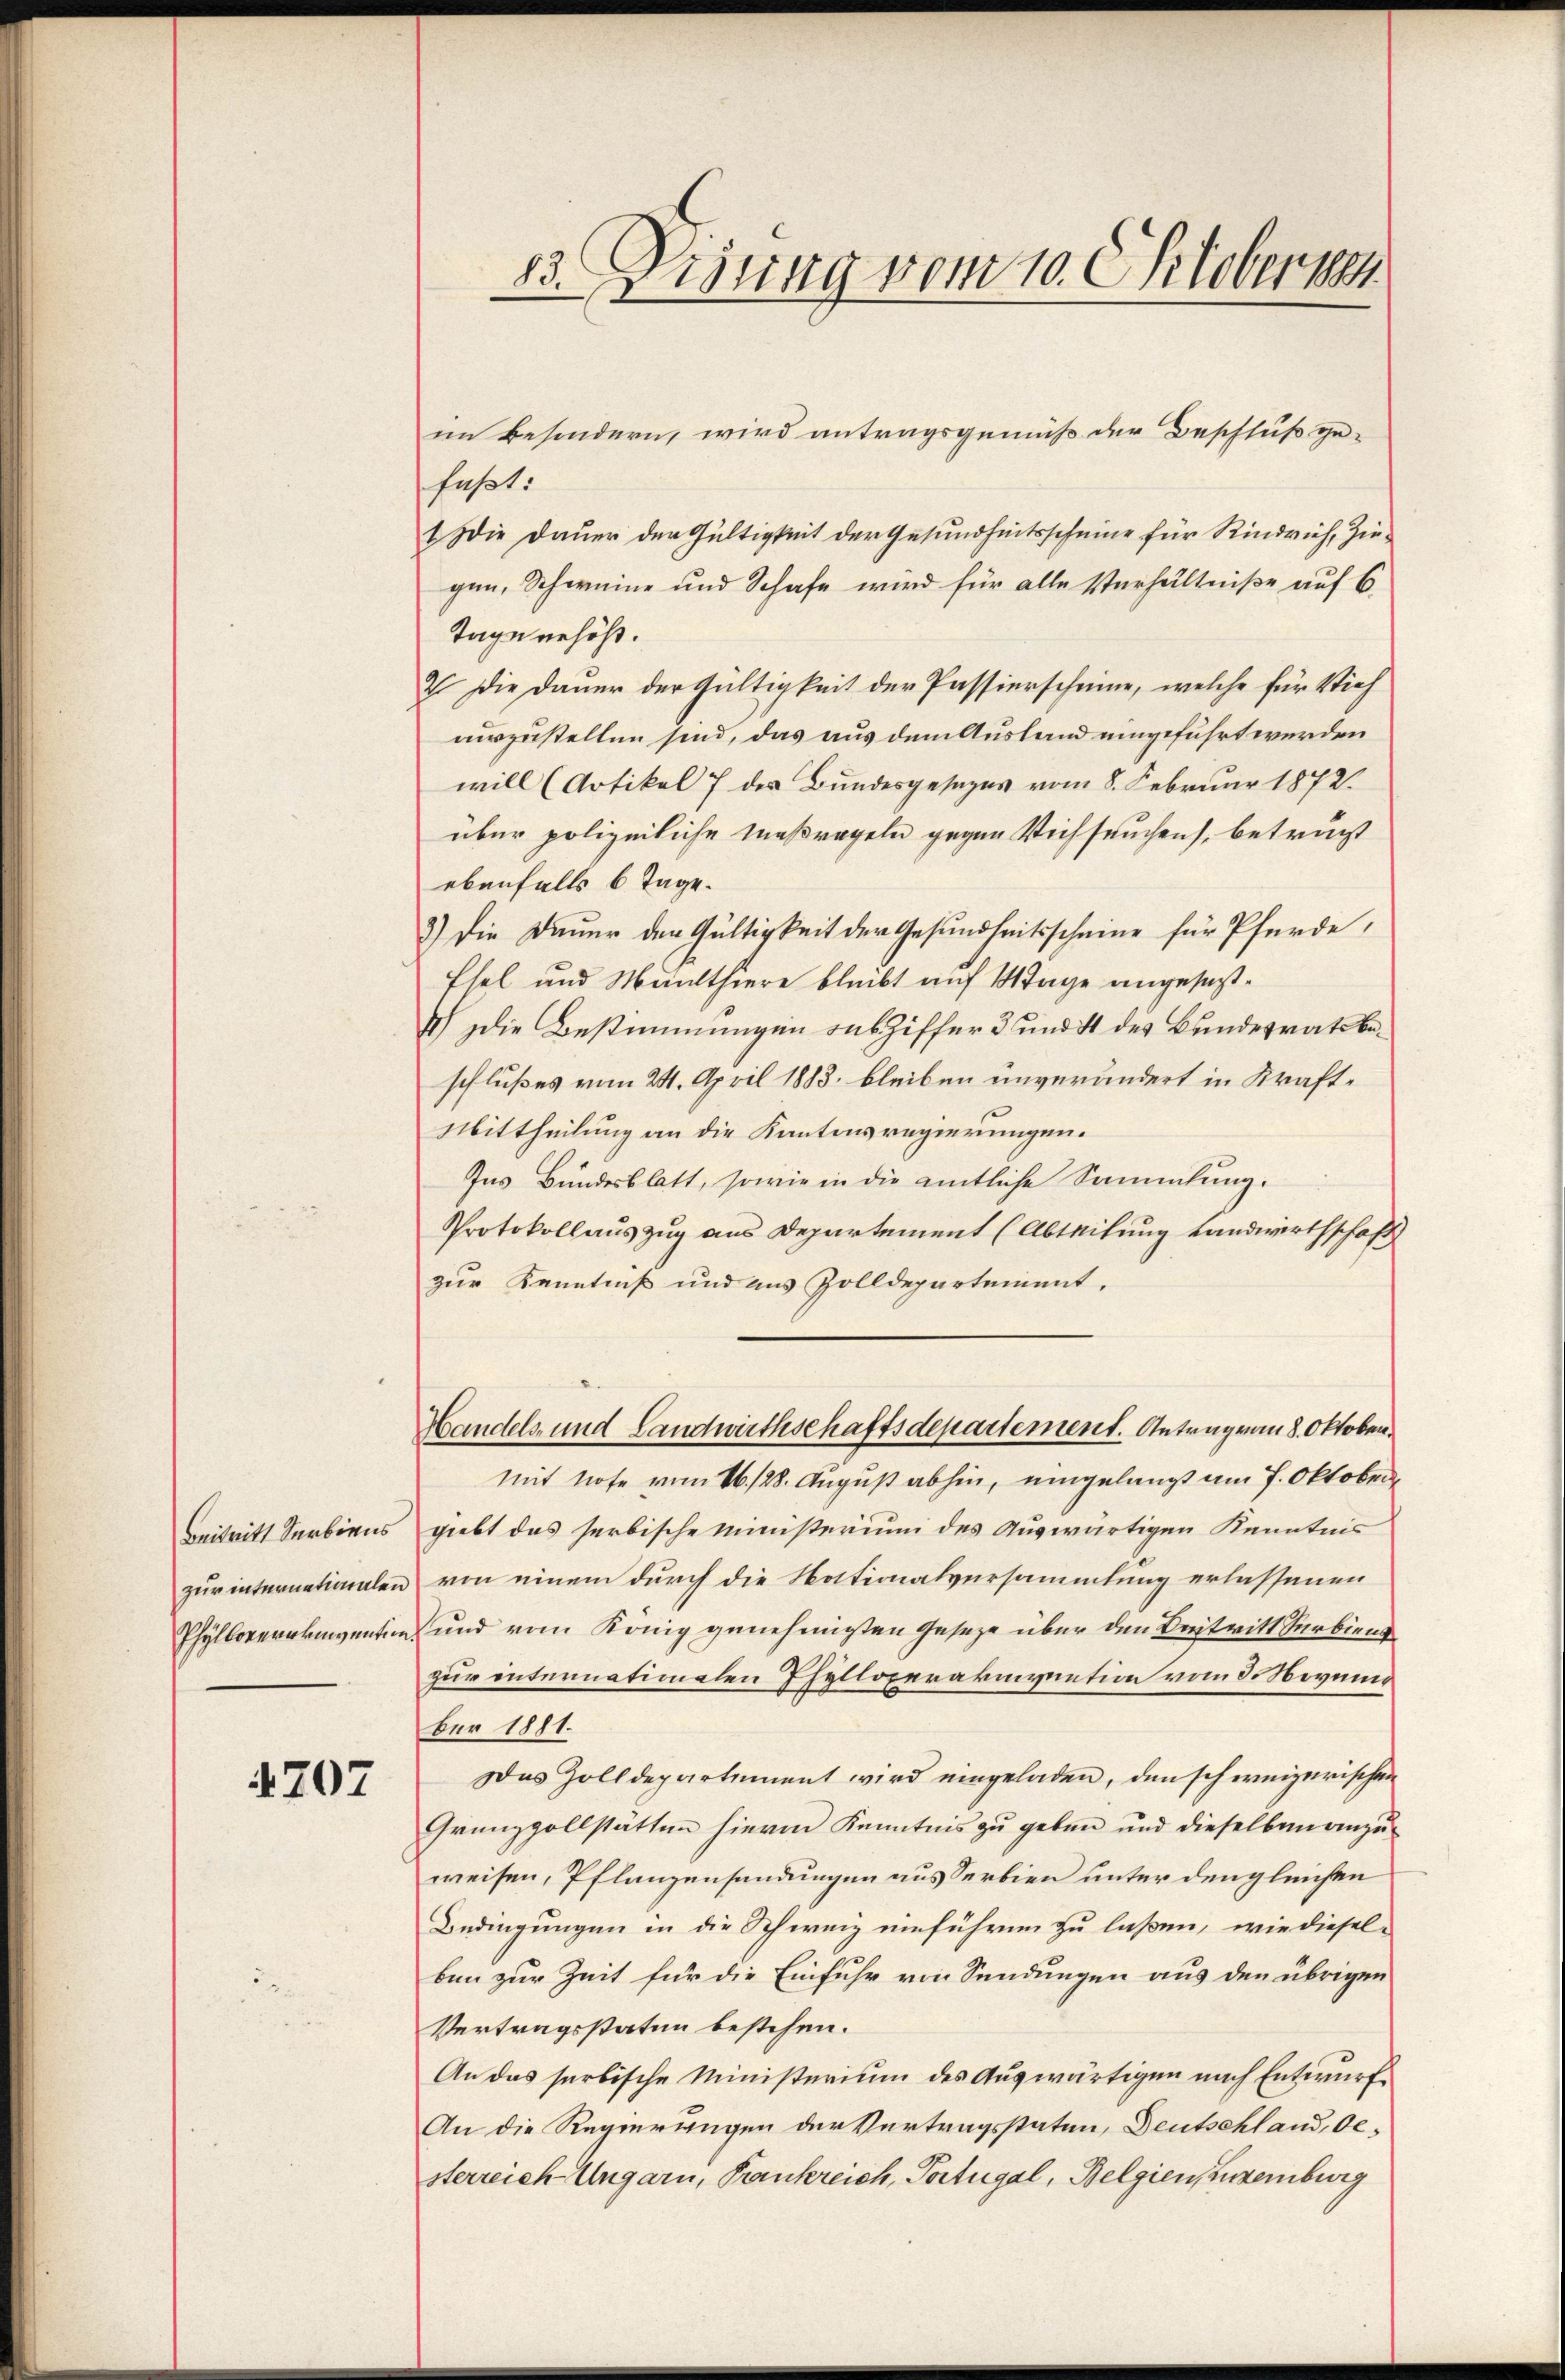
Beitritt Serbiens
zur internationalen
Phylloverneinvention

4707

23. Digung vom 10. Oktoberten.

im besondern, wird antragsgemäß der Beschluß ge-
faßt:
1 Die Dauer der Gültigkeit der Gesundheitsscheine für Rindvieh, Zingen, Schweine und Schafe wird für alle Verhältniße auf 6
Tage erhöht.
2 Die Dauer der Gültigkeit der Passierscheine, welche für Vieh
aurzustellen sind, das aus dem Ausland umgeführt werden
will (Artikel 7 des Bundesgesezes vom 8. Februar 1872.
über polizeiliche Maßregeln gegen Viehseuchen, betragt
ebenfalls 6 Tage.
3) Die Dauer den Gültigkeit der Gesundheitsscheine für Pferde,
Esel und Munthiere bleibt auf 1 Tage angesezt¬
I) Die Bestimmungen aus Ziffer 3 und 4 des Bundesratsbeschlußes vom 24. April 1883. bleiben unverändert in Kraft¬
Mittheilung an die Kantonsregierungen.
Ins Bundesblatt, sowie in die amtliche Sammlung.
Protokollauszug aus Departement (Abteilung Landwirthschaft
zur Kenntniß und aus Zolldepartement.
Handels- und Landwirthschaftsdepartement. Antrag von 8. Oktobermit Note vom 16. 128. August abhin, eingelangt am 7. Oktobergiebt das serbische Ministerium des Auswärtigen Kenntnis
von einem durch die Notionalversammlung erlassenen
und vom König genehmigten Gesetze über den Beitritt Serbiens
zur entennationalen Phylloperakmvention vom 3. Novum
ber 1881.
Das Zolldepartement wird eingeladen, den schweizerischen
Grenzvollstätten hierin Kenntnis zu geben und dieselben anzu-
weisen, Pflanzensendungen aus Serbien unter den gleichen
Bedingungen in die Schweiz einführen zu laßen, wie diesel-
ben zur Zeit für die Einfuhr von Sendungen aus den übrigen
Vertragsstaten bestehen.
An das serbische Ministerium des Auswärtigen nach Entwurf
An die Regierungen der Vertragsstaten, Deutschland, besterreich-Ungarn, Pankreich, Portugal, Belgien, Zugenburg